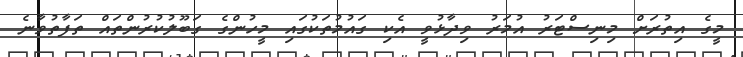
މީގެ އިތުރަށް މިނިސްޓަރު އުމަރު ވިދާޅުވީ އެކި ގައުމުތަކުގައި މީހުންގެ ގަބޫލުކުރުންތައް ތަފާތުވާނެ